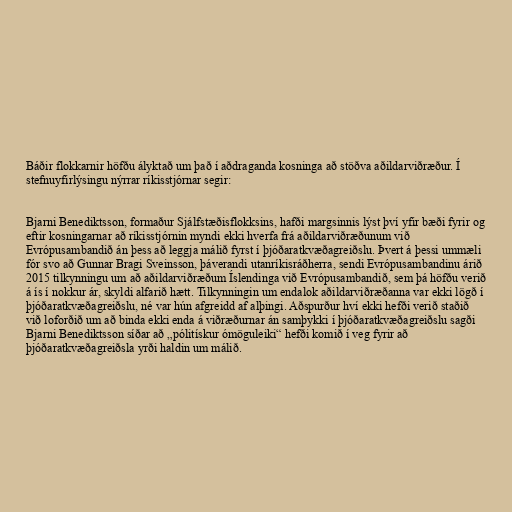
Báðir flokkarnir höfðu ályktað um það í aðdraganda kosninga að stöðva aðildarviðræður. Í
stefnuyfirlýsingu nýrrar ríkisstjórnar segir:

Bjarni Benediktsson, formaður Sjálfstæðisflokksins, hafði margsinnis lýst því yfir bæði fyrir og
eftir kosningarnar að ríkisstjórnin myndi ekki hverfa frá aðildarviðræðunum við
Evrópusambandið án þess að leggja málið fyrst í þjóðaratkvæðagreiðslu. Þvert á þessi ummæli
fór svo að Gunnar Bragi Sveinsson, þáverandi utanríkisráðherra, sendi Evrópusambandinu árið
2015 tilkynningu um að aðildarviðræðum Íslendinga við Evrópusambandið, sem þá höfðu verið
á ís í nokkur ár, skyldi alfarið hætt. Tilkynningin um endalok aðildarviðræðanna var ekki lögð í
þjóðaratkvæðagreiðslu, né var hún afgreidd af alþingi. Aðspurður hví ekki hefði verið staðið
við loforðið um að binda ekki enda á viðræðurnar án samþykki í þjóðaratkvæðagreiðslu sagði
Bjarni Benediktsson síðar að „pólitískur ómöguleiki“ hefði komið í veg fyrir að
þjóðaratkvæðagreiðsla yrði haldin um málið.